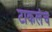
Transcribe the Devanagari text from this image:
टाकलंच